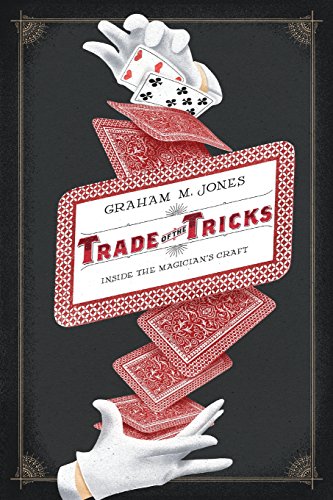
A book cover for Trade of the Tricks: Inside the Magician's Craft; Graham Jones; Humor & Entertainment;